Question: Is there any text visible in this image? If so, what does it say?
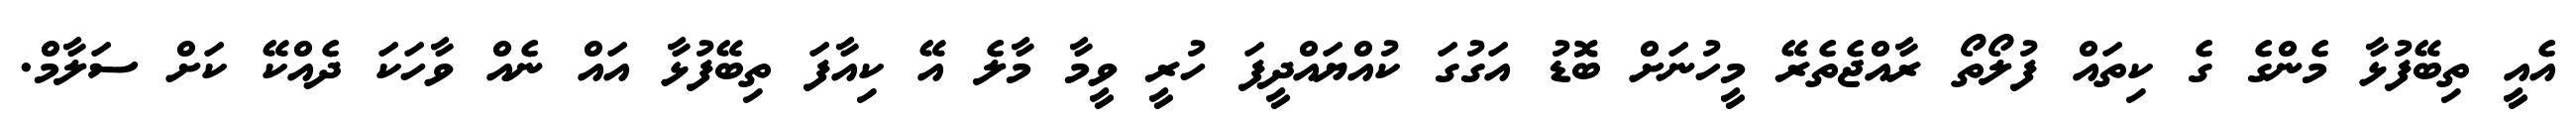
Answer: އެއީ ތިބޭފުޅާ މެންގެ ގެ ކިތައް ފުލޯތޯ ރާއްޖެތެރޭ މީހުނަށް ބޮޑު އަގުގަ ކުއްޔައްދީފަ ހުރީ ވީމާ މާލެ އޭ ކިއާފަ ތިބޭފުޅާ އައް ނެއް ވާހަކަ ދެއްކޭ ކަށް ސަލާމް.